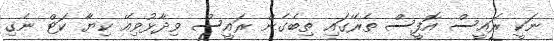
ނަކީ ރައީސް އޮފީސް ތެރޭގައި ތިބެގެން ރައީސް ވިދާޅުވިއޭ ކިޔާ ކަޓް ނެގި